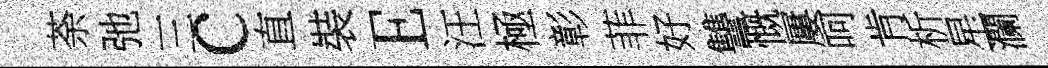
荼弛三c直裝E汪極彰菲好讐慨屢呵肯析星瀾